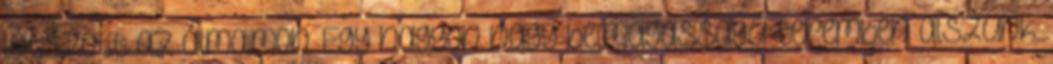
látszott az álmaimon. Egy nagyon nagy belmagasságú teremben alszunk.